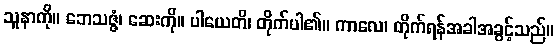
သူနာကို။ ဘေသဇ္ဇံ၊ ဆေးကို။ ပါယေတိ၊ တိုက်ပါ၏။ ကာလေ၊ တိုက်ရန်အခါအခွင့်သည်။